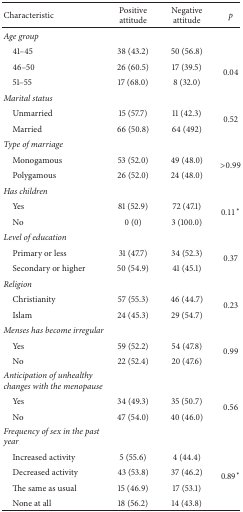
| Characteristic | Positive attitude | Negative attitude | p |
 | --- | --- | --- | --- |
 | Age group |  |  |  |
 | 41–45 | 38 (43.2) | 50 (56.8) |  |
 | 46–50 | 26 (60.5) | 17 (39.5) | <ROWSPAN=2> 0.04 |
 | 51–55 | 17 (68.0) | 8 (32.0) |
 | Marital status |  |  |  |
 | Unmarried | 15 (57.7) | 11 (42.3) | <ROWSPAN=2> 0.52 |
 | Married | 66 (50.8) | 64 (492) |
 | Type of marriage |  |  |  |
 | Monogamous | 53 (52.0) | 49 (48.0) | <ROWSPAN=2> >0.99 |
 | Polygamous | 26 (52.0) | 24 (48.0) |
 | Has children |  |  |  |
 | Yes | 81 (52.9) | 72 (47.1) | <ROWSPAN=2> 0.11∗ |
 | No | 0 (0) | 3 (100.0) |
 | Level of education |  |  |  |
 | Primary or less | 31 (47.7) | 34 (52.3) | <ROWSPAN=2> 0.37 |
 | Secondary or higher | 50 (54.9) | 41 (45.1) |
 | Religion |  |  |  |
 | Christianity | 57 (55.3) | 46 (44.7) | <ROWSPAN=2> 0.23 |
 | Islam | 24 (45.3) | 29 (54.7) |
 | Menses has become irregular |  |  |  |
 | Yes | 59 (52.2) | 54 (47.8) | <ROWSPAN=2> 0.99 |
 | No | 22 (52.4) | 20 (47.6) |
 | Anticipation of unhealthy changes with the menopause |  |  |  |
 | Yes | 34 (49.3) | 35 (50.7) | <ROWSPAN=2> 0.56 |
 | No | 47 (54.0) | 40 (46.0) |
 | Frequency of sex in the past year |  |  |  |
 | Increased activity | 5 (55.6) | 4 (44.4) | <ROWSPAN=4> 0.89∗ |
 | Decreased activity | 43 (53.8) | 37 (46.2) |
 | The same as usual | 15 (46.9) | 17 (53.1) |
 | None at all | 18 (56.2) | 14 (43.8) |